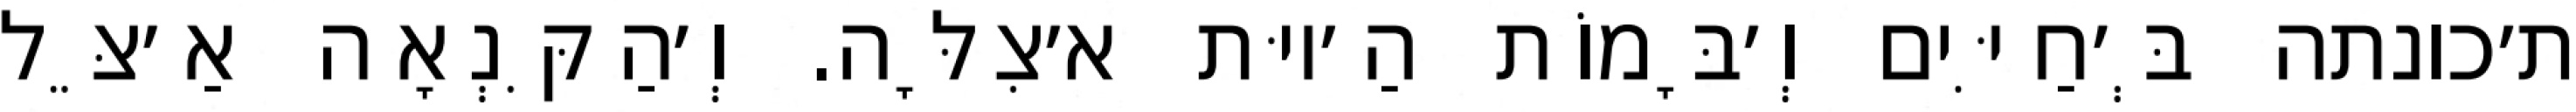
ת׳כונתה בְּ׳חַיִּים וְ׳בָּמוֹת הַ׳יוּת א׳צִלָּה. וְ׳הַקִּנְאָה אַ׳צֵּל